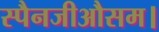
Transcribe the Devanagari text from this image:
स्पैनजीऔसम।